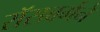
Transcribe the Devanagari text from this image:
रॉसबर्गने